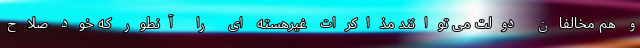
و هم مخالفان دولت می توانند مذاکرات غیرهسته ای را آنطور که خود صلاح